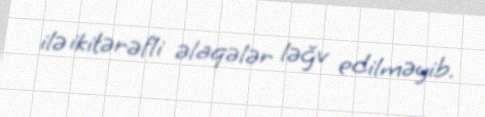
ilə ikitərəfli əlaqələr ləğv edilməyib.